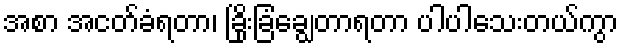
အစာ အငတ်ခံရတာ၊ ခြိုးခြံချွေတာရတာ ပါပါသေးတယ်ကွာ